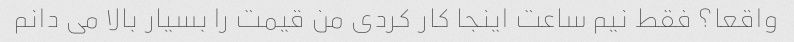
واقعا؟ فقط نیم ساعت اینجا کار کردی من قیمت را بسیار بالا می دانم